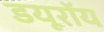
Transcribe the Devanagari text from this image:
डयूरॉय